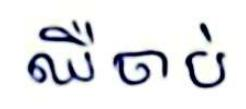
ឈឺចាប់